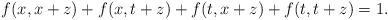
LaTeX: \begin{align*}f(x,x+z)+f(x,t+z)+f(t,x+z)+f(t,t+z)=1.\end{align*}